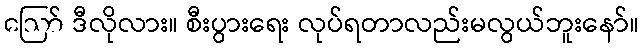
ဪ ဒီလိုလား။ စီးပွားရေး လုပ်ရတာလည်းမလွယ်ဘူးနော်။